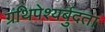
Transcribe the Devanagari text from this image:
ग्रंथिपेश्यर्बुदता